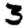
Digit: 3